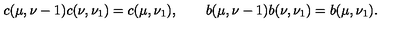
c ( \mu , \nu - 1 ) c ( \nu , \nu _ { 1 } ) = c ( \mu , \nu _ { 1 } ) , \qquad b ( \mu , \nu - 1 ) b ( \nu , \nu _ { 1 } ) = b ( \mu , \nu _ { 1 } ) .